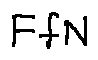
F f N